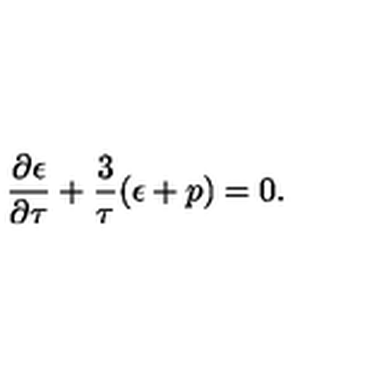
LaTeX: \frac { \partial \epsilon } { \partial \tau } + \frac { 3 } { \tau } ( \epsilon + p ) = 0 .